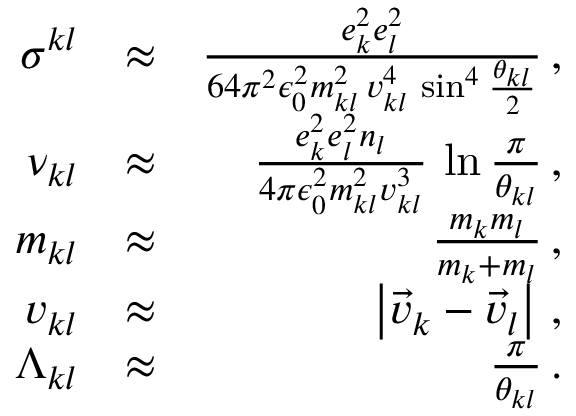
\begin{array} { r l r } { \sigma ^ { k l } } & { \approx } & { \frac { e _ { k } ^ { 2 } e _ { l } ^ { 2 } } { 6 4 \pi ^ { 2 } \epsilon _ { 0 } ^ { 2 } m _ { k l } ^ { 2 } \, v _ { k l } ^ { 4 } \, \sin ^ { 4 } \frac { \theta _ { k l } } { 2 } } \, , } \\ { \nu _ { k l } } & { \approx } & { \frac { e _ { k } ^ { 2 } e _ { l } ^ { 2 } n _ { l } } { 4 \pi \epsilon _ { 0 } ^ { 2 } m _ { k l } ^ { 2 } v _ { k l } ^ { 3 } } \, \ln \frac { \pi } { \theta _ { k l } } \, , } \\ { m _ { k l } } & { \approx } & { \frac { m _ { k } m _ { l } } { m _ { k } + m _ { l } } \, , } \\ { v _ { k l } } & { \approx } & { \left| \vec { v } _ { k } - \vec { v } _ { l } \right| \, , } \\ { \Lambda _ { k l } } & { \approx } & { \frac { \pi } { \theta _ { k l } } \, . } \end{array}